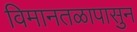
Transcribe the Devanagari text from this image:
विमानतळापासुन